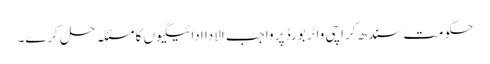
حکومت سندھ کراچی واٹر بورڈ پر واجب الادا ادائیگیوں کا مسئلہ حل کرے۔